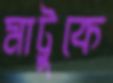
মাট্টুকে